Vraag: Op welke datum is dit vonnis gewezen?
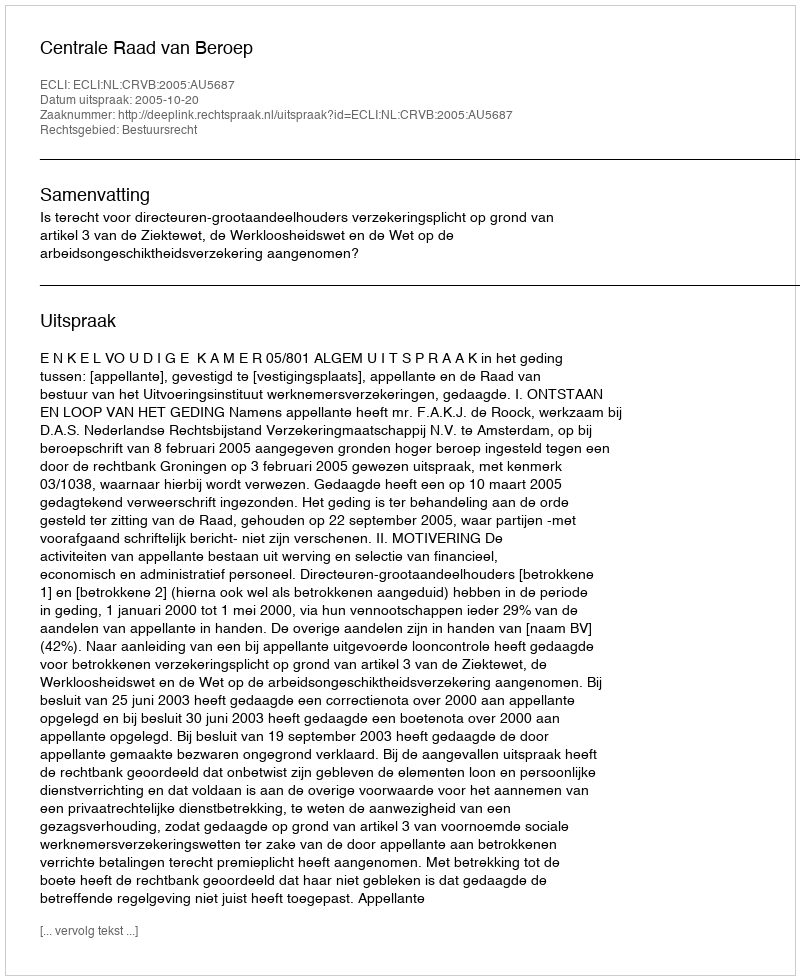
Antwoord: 2005-10-20